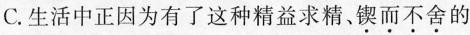
C.生活中正因为有了这种精益求精。\underset{·}{锲}\underset{·}{而}\underset{·}{不}\underset{·}{舍}的